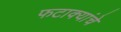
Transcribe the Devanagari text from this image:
फटाक्यांचे